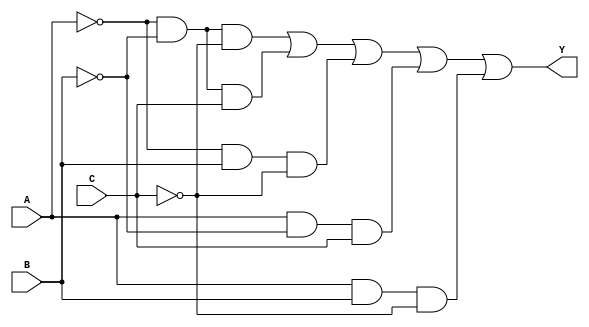
module kmap_three_variable (
    input wire A,  // Input variable A
    input wire B,  // Input variable B
    input wire C,  // Input variable C
    output wire Y  // Output of the logic function
);

// Output logic derived from the K-map
// Example cell values for minterms. 
// Modify the minterm values (1s and 0s) according to the specific K-map you are implementing.
// This is an example assuming the K-map contains 1s for minterms: 0, 1, 2, 5, 6 (A'B'C', A'B'C, A'BC', AB'C, AB'C').
assign Y = (~A & ~B & ~C) | (~A & ~B & C) | (~A & B & ~C) | (A & ~B & C) | (A & B & ~C);

endmodule